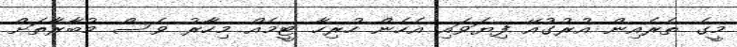
މީގެ ތެރެއިން އުރުގުއޭ ފިޔަވައި އެހެން ހުރިހާ ޓީމެއް މިހާރު ވެސް މުބާރާތަށް